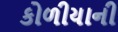
કોળીયાની